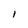
Character: l